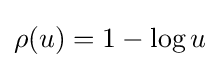
\rho (u)=1-\log u